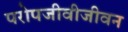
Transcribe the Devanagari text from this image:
परोपजीवीजीवन